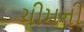
ચીમની